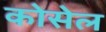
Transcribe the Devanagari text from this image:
कोसेल